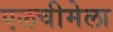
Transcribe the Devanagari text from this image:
एलचीमेला